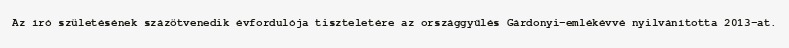
Az író születésének százötvenedik évfordulója tiszteletére az országgyűlés Gárdonyi-emlékévvé nyilvánította 2013-at.